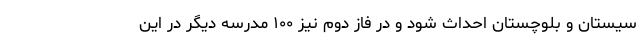
سیستان و بلوچستان احداث شود و در فاز دوم نیز ۱۰۰ مدرسه دیگر در این